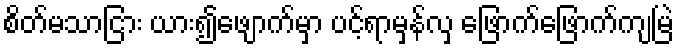
စိတ်မသာငြား ယား၍ဖျောက်မှာ ပင့်ရာမှန်လှ ဖြောက်ဖြောက်ကျမြဲ